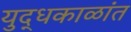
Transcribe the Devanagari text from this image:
युद्धकाळांत